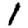
Digit: 1